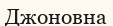
Джоновна